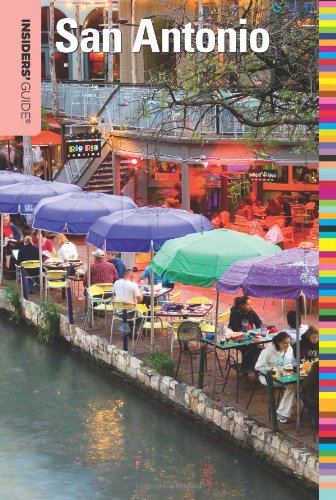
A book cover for Insiders' GuideÂ® to San Antonio (Insiders' Guide Series); Paris Permenter; Travel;